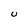
Character: U